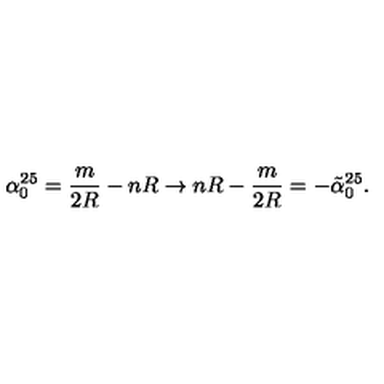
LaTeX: \alpha _ { 0 } ^ { 2 5 } = \frac { m } { 2 R } - n R \rightarrow n R - \frac { m } { 2 R } = - \tilde { \alpha } _ { 0 } ^ { 2 5 } .